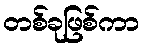
တစ်ခုဖြစ်ကာ